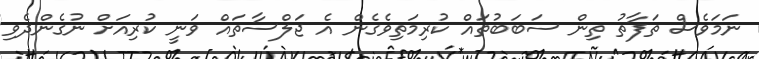
ނަަމަވެސް ތަފާތު ތިން ސަބަބުތައް ކުރިމަތިވެގެން އެ ޖަލްސާތައް ވަނީ ކުރިއަށް ނުގެންދެވި